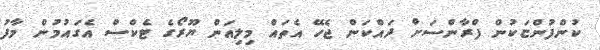
ކުންފުންޏަކުން ފްރާންސަށް ދައްކަން ޖެހޭ އެތައް މިލިއަން ޔޫރޯގެ ޓެކްސް އެގައުމުން މާފު